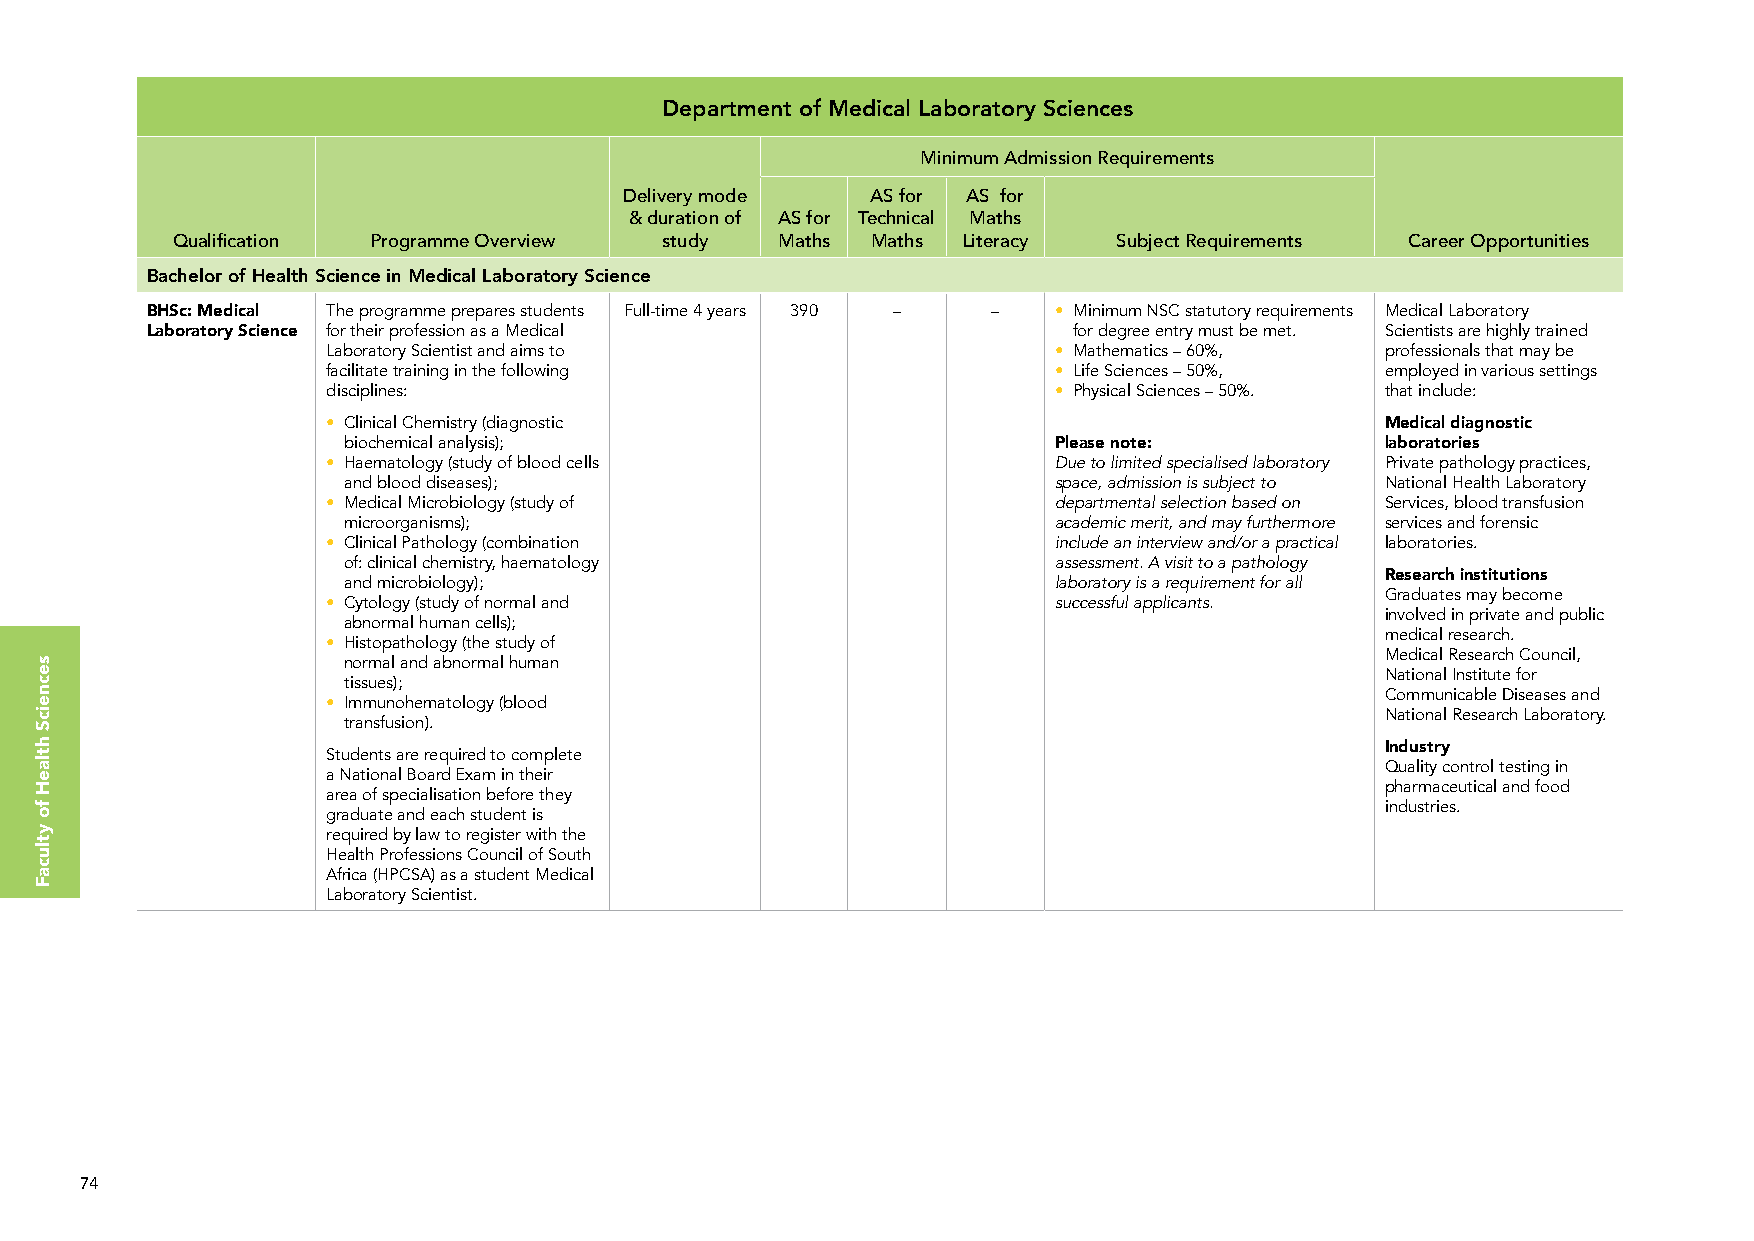
Department of Medical Laboratory Sciences
 Minimum Admission Requirements
 Delivery mode    AS for AS for
 & duration of AS for Technical Maths
 Qualification Programme Overview study   Maths Maths Literacy  Subject Requirements Career Opportunities
 Bachelor of Health Science in Medical Laboratory Science
 BHSc: Medical The programme prepares students Full-time 4 years 390 – – • Minimum NSC statutory requirements Medical Laboratory
 Laboratory Science for their profession as a Medical         for degree entry must be met. Scientists are highly trained
 Laboratory Scientist and aims to                • Mathematics – 60%,  professionals that may be
 facilitate training in the following            • Life Sciences – 50%, employed in various settings
 disciplines:                                    • Physical Sciences – 50%. that include:
 • Clinical Chemistry (diagnostic                                      Medical diagnostic
 biochemical analysis);                         Please note:          laboratories
 • Haematology (study of blood cells             Due to limited specialised laboratory Private pathology practices,
 and blood diseases);                           space, admission is subject to National Health Laboratory
 • Medical Microbiology (study of                departmental selection based on Services, blood transfusion
 microorganisms);                               academic merit, and may furthermore services and forensic
 • Clinical Pathology (combination               include an interview and/or a practical laboratories.
 of: clinical chemistry, haematology            assessment. A visit to a pathology
 Research institutions
 and microbiology);                             laboratory is a requirement for all
 Graduates may become
 • Cytology (study of normal and                 successful applicants.
 involved in private and public
 abnormal human cells);
 medical research.
 • Histopathology (the study of
 Medical Research Council,
 normal and abnormal human
 National Institute for
 tissues);
 Communicable Diseases and
 • Immunohematology (blood
 National Research Laboratory.
 transfusion).
 Industry
 Students are required to complete
 Quality control testing in
 a National Board Exam in their
 pharmaceutical and food
 area of specialisation before they
 industries.
 graduate and each student is
 required by law to register with the
 Health Professions Council of South
 Africa (HPCSA) as a student Medical
 Laboratory Scientist.
 74
 secneicS
 htlaeH
 fo
 ytlucaF